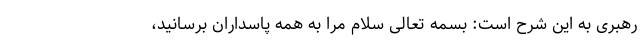
رهبری به این شرح است: بسمه تعالی سلام مرا به همه پاسداران برسانید،